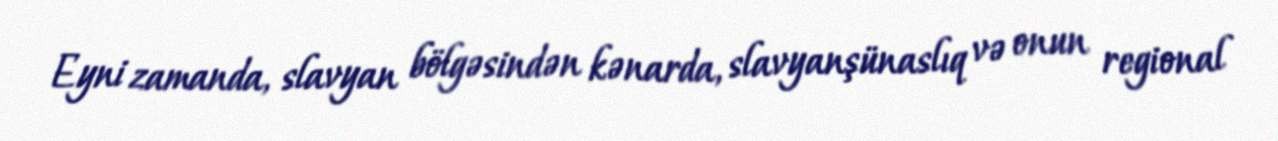
Eyni zamanda, slavyan bölgəsindən kənarda, slavyanşünaslıq və onun regional